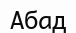
Абад